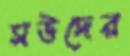
সউদের